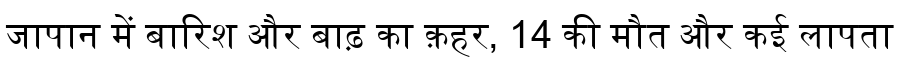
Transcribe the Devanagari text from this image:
जापान में बारिश और बाढ़ का क़हर, 14 की मौत और कई लापता